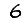
Digit: 6